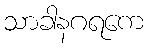
သာခါနဂရကေ